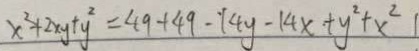
x ^ { 2 } + 2 x y + y ^ { 2 } = 4 9 + 4 9 - 1 4 y - 1 4 x + y ^ { 2 } + x ^ { 2 } 1